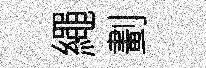
繩劃